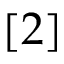
[ 2 ]